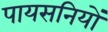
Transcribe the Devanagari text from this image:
पायसनियों